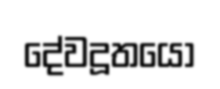
දේවදූතයෝ